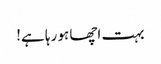
بہت اچھا ہو رہا ہے!